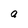
Character: a